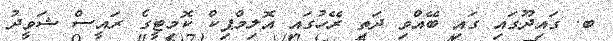
ބ. ގައިދޫގައި ގައި ބޭއްވި ދަތި ރޭހުގައި އޮލިމްޕިކް ކޮމިޓީގެ ރައީސް ޝަވީދު